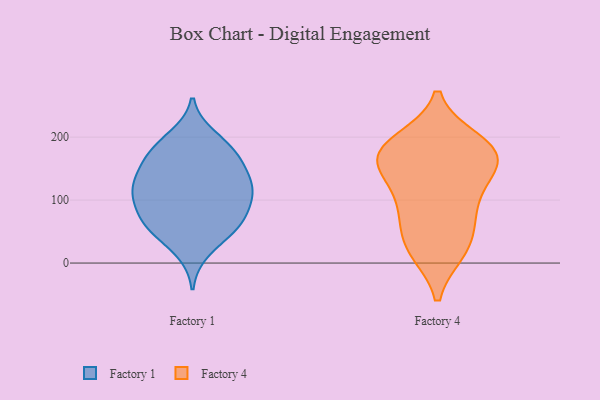
{"axis": {"x": "Bounce Rate (%)", "y": "Value"}, "legend": ["Factory 1", "Factory 4"], "data": [{"x": "", "y": 187, "type": "Factory 1"}, {"x": "", "y": 57, "type": "Factory 1"}, {"x": "", "y": 61, "type": "Factory 1"}, {"x": "", "y": 116, "type": "Factory 1"}, {"x": "", "y": 77, "type": "Factory 1"}, {"x": "", "y": 20, "type": "Factory 1"}, {"x": "", "y": 56, "type": "Factory 1"}, {"x": "", "y": 158, "type": "Factory 1"}, {"x": "", "y": 113, "type": "Factory 1"}, {"x": "", "y": 111, "type": "Factory 1"}, {"x": "", "y": 136, "type": "Factory 1"}, {"x": "", "y": 111, "type": "Factory 1"}, {"x": "", "y": 177, "type": "Factory 1"}, {"x": "", "y": 169, "type": "Factory 1"}, {"x": "", "y": 62, "type": "Factory 1"}, {"x": "", "y": 200, "type": "Factory 1"}, {"x": "", "y": 144, "type": "Factory 1"}, {"x": "", "y": 104, "type": "Factory 1"}, {"x": "", "y": 193, "type": "Factory 4"}, {"x": "", "y": 20, "type": "Factory 4"}, {"x": "", "y": 187, "type": "Factory 4"}, {"x": "", "y": 149, "type": "Factory 4"}, {"x": "", "y": 165, "type": "Factory 4"}, {"x": "", "y": 73, "type": "Factory 4"}, {"x": "", "y": 174, "type": "Factory 4"}, {"x": "", "y": 179, "type": "Factory 4"}, {"x": "", "y": 164, "type": "Factory 4"}, {"x": "", "y": 22, "type": "Factory 4"}, {"x": "", "y": 32, "type": "Factory 4"}, {"x": "", "y": 90, "type": "Factory 4"}, {"x": "", "y": 135, "type": "Factory 4"}, {"x": "", "y": 94, "type": "Factory 4"}]}